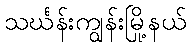
သင်္ဃန်းကျွန်းမြို့နယ်